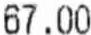
67.00